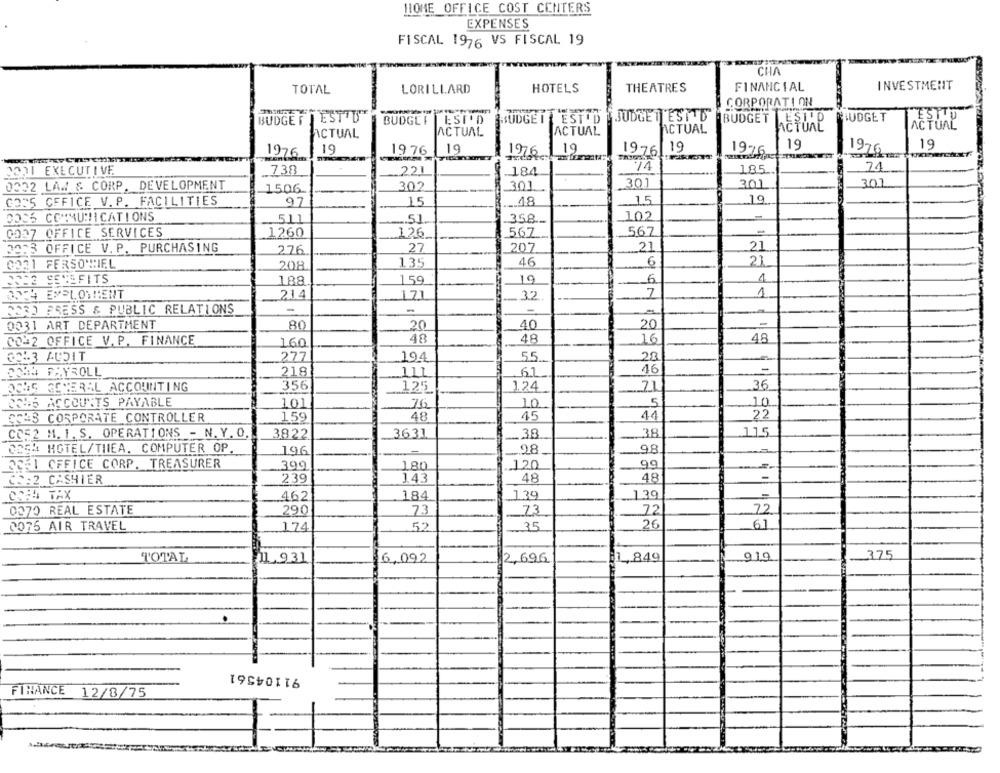
HOME OFFICE COST CENTERS
EXPENSES
FISCAL 1976 VS FISCAL 19
CHA
TOTAL
LORILLARD
HOTELS
THEATRES
FINANCIAL
INVESTMENT
CORPORATION
BUDGET JEST U
BUDGEF
SUDGE I
EST D
JUDGETESTTD
BUDGET ESTID
BUDGET
ACTUAL
ACTUAL
ACTUAL
JACŤŮAL
ACTUAL
19
19
19
19 76
19
1976 1
19
1976 .19
1976
1976
1976
2021 EXECUTIVE
221
.. 184
74
185.
24
738
0332 LAW & CORP. DEVELOPMENT
302
_301
.301
3.01
301
1506
GO35 CFFICE V. P. FACILITIES
15
15
.19
97
... 48
DOCS COMMUNICATIONS
102
511
.... 51
358 .-
=
0027 OFFICE SERVICES
1260
.567
126
567
32:3 OFFICE V. P. PURCHASING
27
207
21
276
21
135
46
6
21
0021 FERSOWIEL
208
2322 SENEFITS
19
1
188
159
6
214
171
7
1
W4 EMPLOYMENT
32
WORD PRESS & PUBLIC RELATIONS
-
-
0031 ART DEPARTMENT
20
20
1
80
40
00-2 OFFICE V. P. FINANCE
48
48
16
48
160
55
28
0243 AUDIT
277
194
COM PAYROLL
218
46
111
67
356
.36
ACUS GENERAL ACCOUNTING
125
124
2346 ACCOUNTS PAYABLE
101
5
10
76
10
159
48
15
44
22
SOUS CORPORATE CONTROLLER
CC52 M. I. S. OPERATIONS - N. Y.O.
3631
38
115
3822
.... 38
OES4 HOTEL/THIEA. COMPUTER OP
98
196
-28
DE51 OFFICE CORP. TREASURER
120
99
399
.180
CO:2 CASHIER
239
143
48
48
-
CON TAX
184
139
462
139
0370 REAL ESTATE
290
73
73
72
72
35
26
61
0075 AIR TRAVEL
174
52
919
375
TOTAL
11.931
6,092
2,696
1,849
91104561
FINANCE 12/8/75